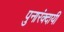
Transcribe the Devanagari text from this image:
पुनारंक्दायी